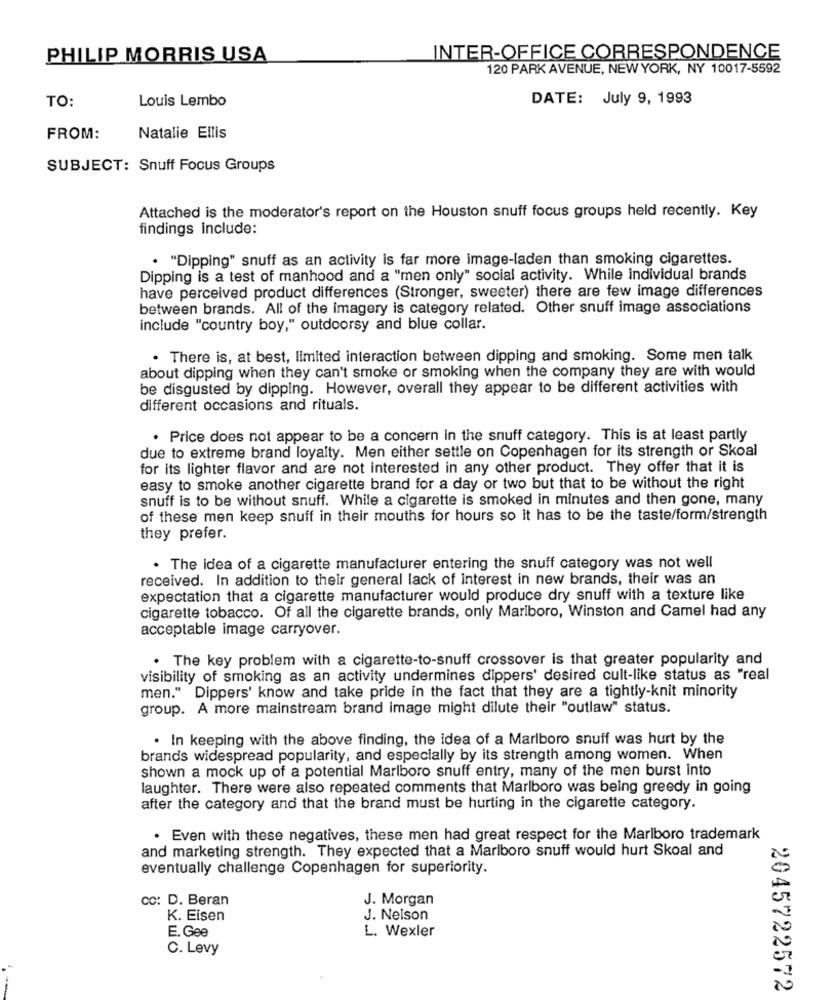
PHILIP MORRIS USA
INTER-OFFICE CORRESPONDENCE
120 PARK AVENUE, NEW YORK, NY 10017-5592
TO:
Louis Lembo
DATE: July 9, 1993
FROM:
Natalie Ellis
SUBJECT: Snuff Focus Groups
Attached is the moderator's report on the Houston snuff focus groups held recently. Key
findings include:
. "Dipping" snuff as an activity is far more image-laden than smoking cigarettes.
Dipping is a test of manhood and a "men only" social activity. While individual brands
have perceived product differences (Stronger, sweeter) there are few image differences
between brands. All of the imagery is category related. Other snuff image associations
include "country boy," outdoorsy and blue collar.
. There is, at best, limited interaction between dipping and smoking. Some men talk
about dipping when they can't smoke or smoking when the company they are with would
be disgusted by dipping. However, overall they appear to be different activities with
different occasions and rituals.
. Price does not appear to be a concern in the snuff category. This is at least partly
due to extreme brand loyalty. Men either settle on Copenhagen for its strength or Skoal
for its lighter flavor and are not interested in any other product. They offer that it is
easy to smoke another cigarette brand for a day or two but that to be without the right
snuff is to be without snuff. While a cigarette is smoked in minutes and then gone, many
of these men keep snuff in their mouths for hours so it has to be the taste/form/strength
they prefer.
. The idea of a cigarette manufacturer entering the snuff category was not well
received. In addition to their general lack of interest in new brands, their was an
expectation that a cigarette manufacturer would produce dry snuff with a texture like
cigarette tobacco. Of all the cigarette brands, only Marlboro, Winston and Camel had any
acceptable image carryover.
. The key problem with a cigarette-to-snuff crossover is that greater popularity and
visibility of smoking as an activity undermines dippers' desired cult-like status as "real
men." Dippers' know and take pride in the fact that they are a tightly-knit minority
group. A more mainstream brand image might dilute their "outlaw" status.
. In keeping with the above finding, the idea of a Marlboro snuff was hurt by the
brands widespread popularity, and especially by its strength among women. When
shown a mock up of a potential Marlboro snuff entry, many of the men burst into
laughter. There were also repeated comments that Marlboro was being greedy in going
after the category and that the brand must be hurting in the cigarette category.
. Even with these negatives, these men had great respect for the Marlboro trademark
and marketing strength. They expected that a Marlboro snuff would hurt Skoal and
eventually challenge Copenhagen for superiority.
CC: D. Beran
J. Morgan
K. Eisen
J. Nelson
E. Gee
L. Wexler
C. Levy
--
2045722572